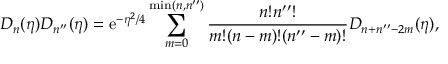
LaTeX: D _ { n } ( \eta ) D _ { n ^ { \prime \prime } } ( \eta ) = \mathrm { e } ^ { - \eta ^ { 2 } / 4 } \sum _ { m = 0 } ^ { \mathrm { m i n } ( n , n ^ { \prime \prime } ) } \frac { n ! n ^ { \prime \prime } ! } { m ! ( n - m ) ! ( n ^ { \prime \prime } - m ) ! } D _ { n + n ^ { \prime \prime } - 2 m } ( \eta ) ,